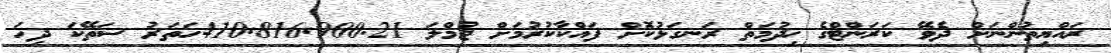
ރައްޔިތުންނަށް ދެވޭ ކަރަންޓްގެ ޚިދުމަތް ރަނގަޅުކޮށް ފައްކާކުރުމަށް ޖުމްލަ 410